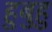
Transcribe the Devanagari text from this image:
हुबुहु